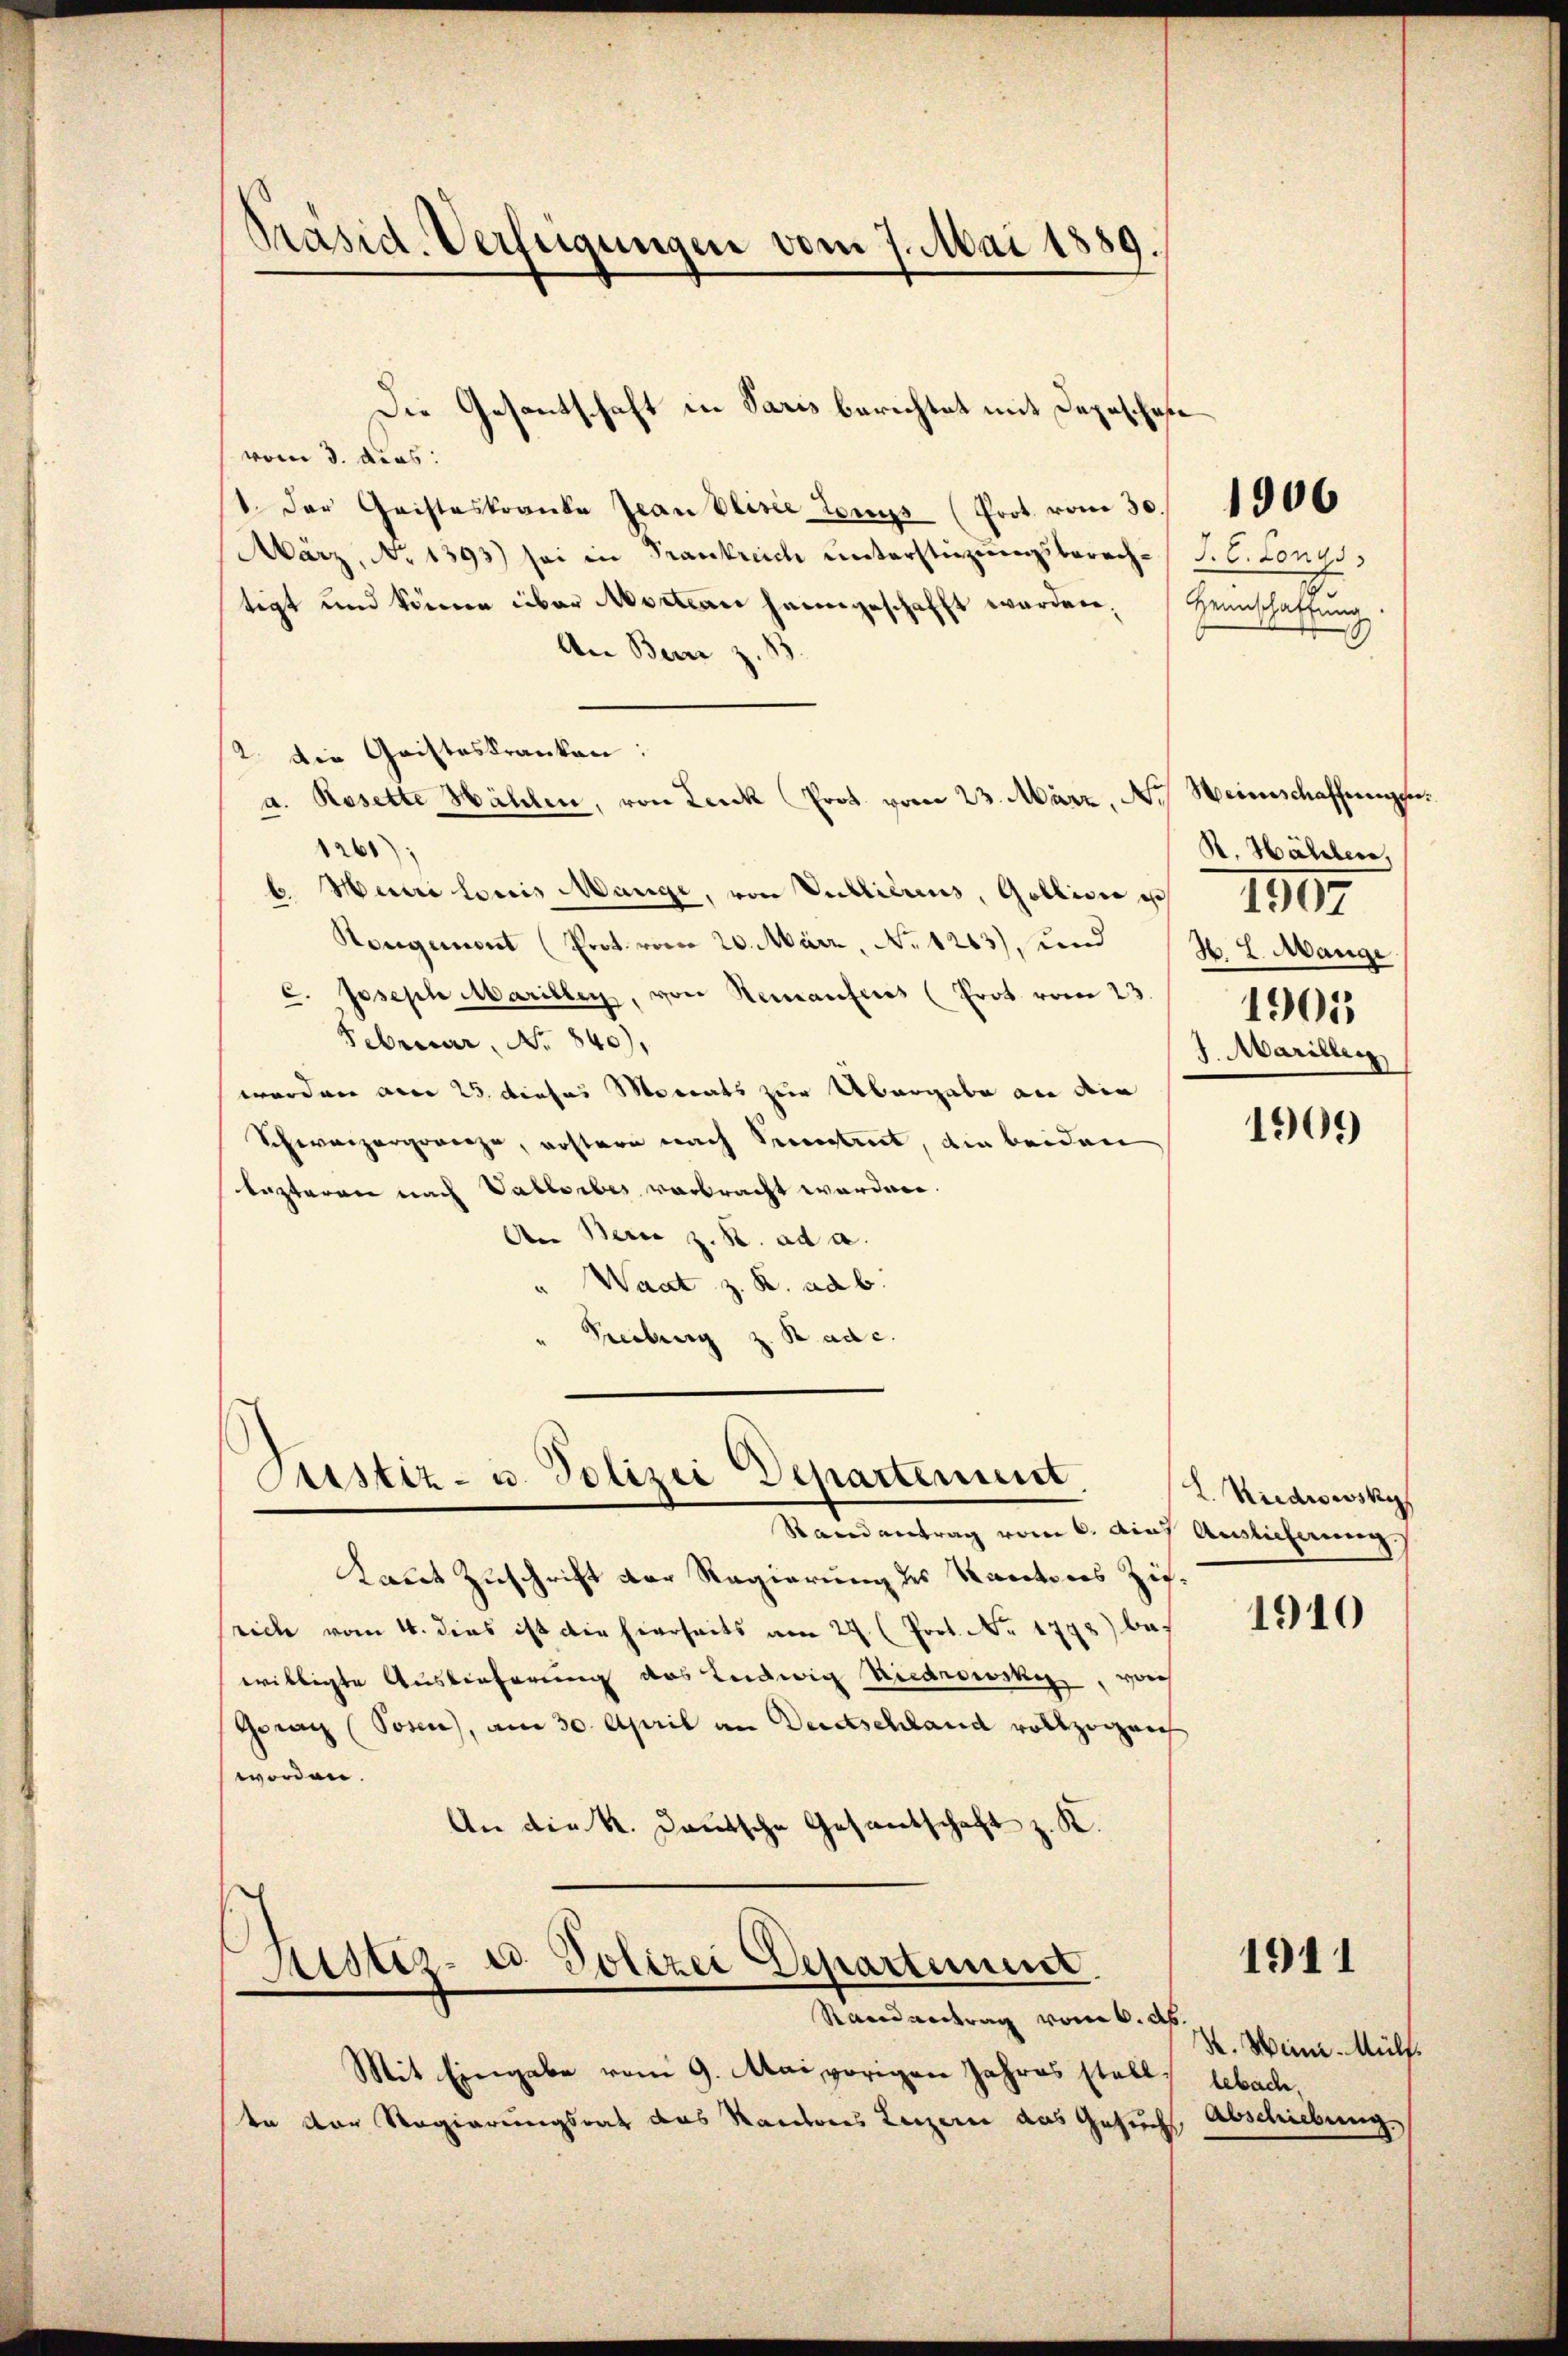
Präsid. Verfeigungen vom 7. Mai 1889.

vom 3. dcas:
 der Geisteskranke Jean Plisée tous (Prot. vom 30.
März, No 1393) sei in Frankreich ŭnterstüzungsberech S. C. Lange
tigt und können über Absation heimgeschafft worden,
An Bern z. 13.
2. Die Geisteskranken:
a. Rosette Hählen, von Leuk (Prot. vom 23. März, N. Heimschaffungen.
1261);
6. Mairi loris Mange, von Publilius, Gollion es 1807
Hongement (Prot. vom 20. März, No 1263), und
c. Joseph Marilley, von Remantens (Prot. vom 23. 1090955
Februar, No 840),
worden am 25. dieses Morats zur Übergabe an dein
Schweizergorcze, erstern nach Seestreit, die beiden
lezteren nach Vableibes verbracht werden.
An Berne z. B. ad a.
" Wart z. R. ad b.
Freiburg z. Rade.

Die Gesantschaft in Paris berichtet mit Depeschose

Justiz- u. Polizei Departement,

Randantrag vom 6. Auf Auslicherung
Kaut Zuschrift der Regierung des Rectores Zif.
sich vom 4. dies ist die hierseits am 24. (Prot. No. 1778) bes
willigte Auslieferung des Ludwig Riedrowski, vorh
Graz (Posen, am 30. April an Deutschland vollzogen
worden.
An die K. Deutsche Gesantschaft z. K.

Justiz- & Polizei Departement

Randvertrag vom 6. d.
Mit Eingabe vom 9. Mai vorigen Jahres stelle lebach,
en der Regierungsrat das Kantons Luzern das Gesuch Abschiebung

Heimschaftung.
9

1906

R. Hählen,
H. L. Mange
1. Marillen

1909

L. Riedrowsky

1910

1911

H. Wein. Mülf.